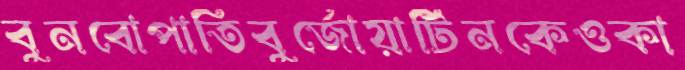
বুনবোপাতিবুর্জোয়াটিনকেওকা